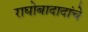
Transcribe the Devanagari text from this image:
राघोबादादांचे